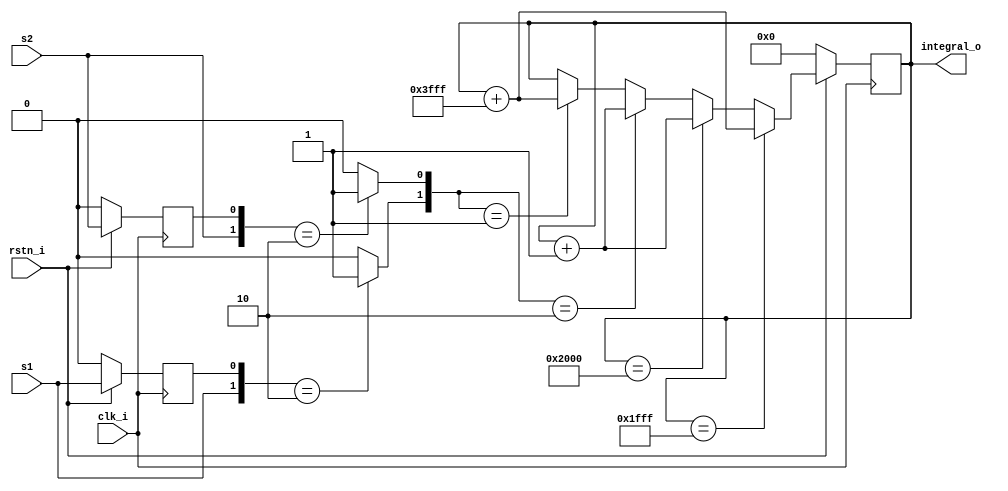
`timescale 1ns / 1ps
//////////////////////////////////////////////////////////////////////////////////
// Company: 
// Engineer: 
// 
// Design Name: 
// Module Name: pfd
// Project Name: 
// Target Devices: 
// Tool Versions: 
// Description: 
// 
// Dependencies: 
// 
// Revision:
// Revision 0.01 - File Created
// Additional Comments:
// 
//////////////////////////////////////////////////////////////////////////////////
/*
###############################################################################
#    pyrpl - DSP servo controller for quantum optics with the RedPitaya
#    Copyright (C) 2014-2016  Leonhard Neuhaus  (neuhaus@spectro.jussieu.fr)
#
#    This program is free software: you can redistribute it and/or modify
#    it under the terms of the GNU General Public License as published by
#    the Free Software Foundation, either version 3 of the License, or
#    (at your option) any later version.
#
#    This program is distributed in the hope that it will be useful,
#    but WITHOUT ANY WARRANTY; without even the implied warranty of
#    MERCHANTABILITY or FITNESS FOR A PARTICULAR PURPOSE.  See the
#    GNU General Public License for more details.
#
#    You should have received a copy of the GNU General Public License
#    along with this program.  If not, see <http://www.gnu.org/licenses/>.
############################################################################### 
*/


module red_pitaya_pfd_block
#(
    parameter ISR = 0
)
(   input rstn_i,
    input clk_i, 
       
    input s1, //signal 1
    input s2, //signal 2
    
    output [14-1:0] integral_o
    );

reg l1; //s1 from last cycle
reg l2; //s2 from last cycle

wire e1;
wire e2;

reg [14+ISR-1:0] integral;

assign e1 = ( {s1,l1} == 2'b10 ) ? 1'b1 : 1'b0;
assign e2 = ( {s2,l2} == 2'b10 ) ? 1'b1 : 1'b0;

assign integral_o = integral[14+ISR-1:ISR];

always @(posedge clk_i) begin
    if (rstn_i == 1'b0) begin
        l1 <= 1'b0;
        l2 <= 1'b0;
        integral <= {(14+ISR){1'b0}};
    end
    else begin
        l1 <= s1;
        l2 <= s2;
        if (integral == {1'b0,{14+ISR-1{1'b1}}})  //auto-reset or positive saturation
            //integral <= {INTBITS{1'b0}};
            integral <= integral + {14+ISR{1'b1}}; //decrement by one
        else if (integral == {1'b1,{14+ISR-1{1'b0}}}) //auto-reset or negative saturation
            //integral <= {INTBITS{1'b0}};
            integral <= integral + {{14+ISR-1{1'b0}},1'b1};
        //output signal is proportional to frequency difference of s1-s2
        else if ({e1,e2}==2'b10)
            integral <= integral + {{14+ISR-1{1'b0}},1'b1};
        else if ({e1,e2}==2'b01)  
            integral <= integral + {14+ISR{1'b1}};
    end   
end

endmodule